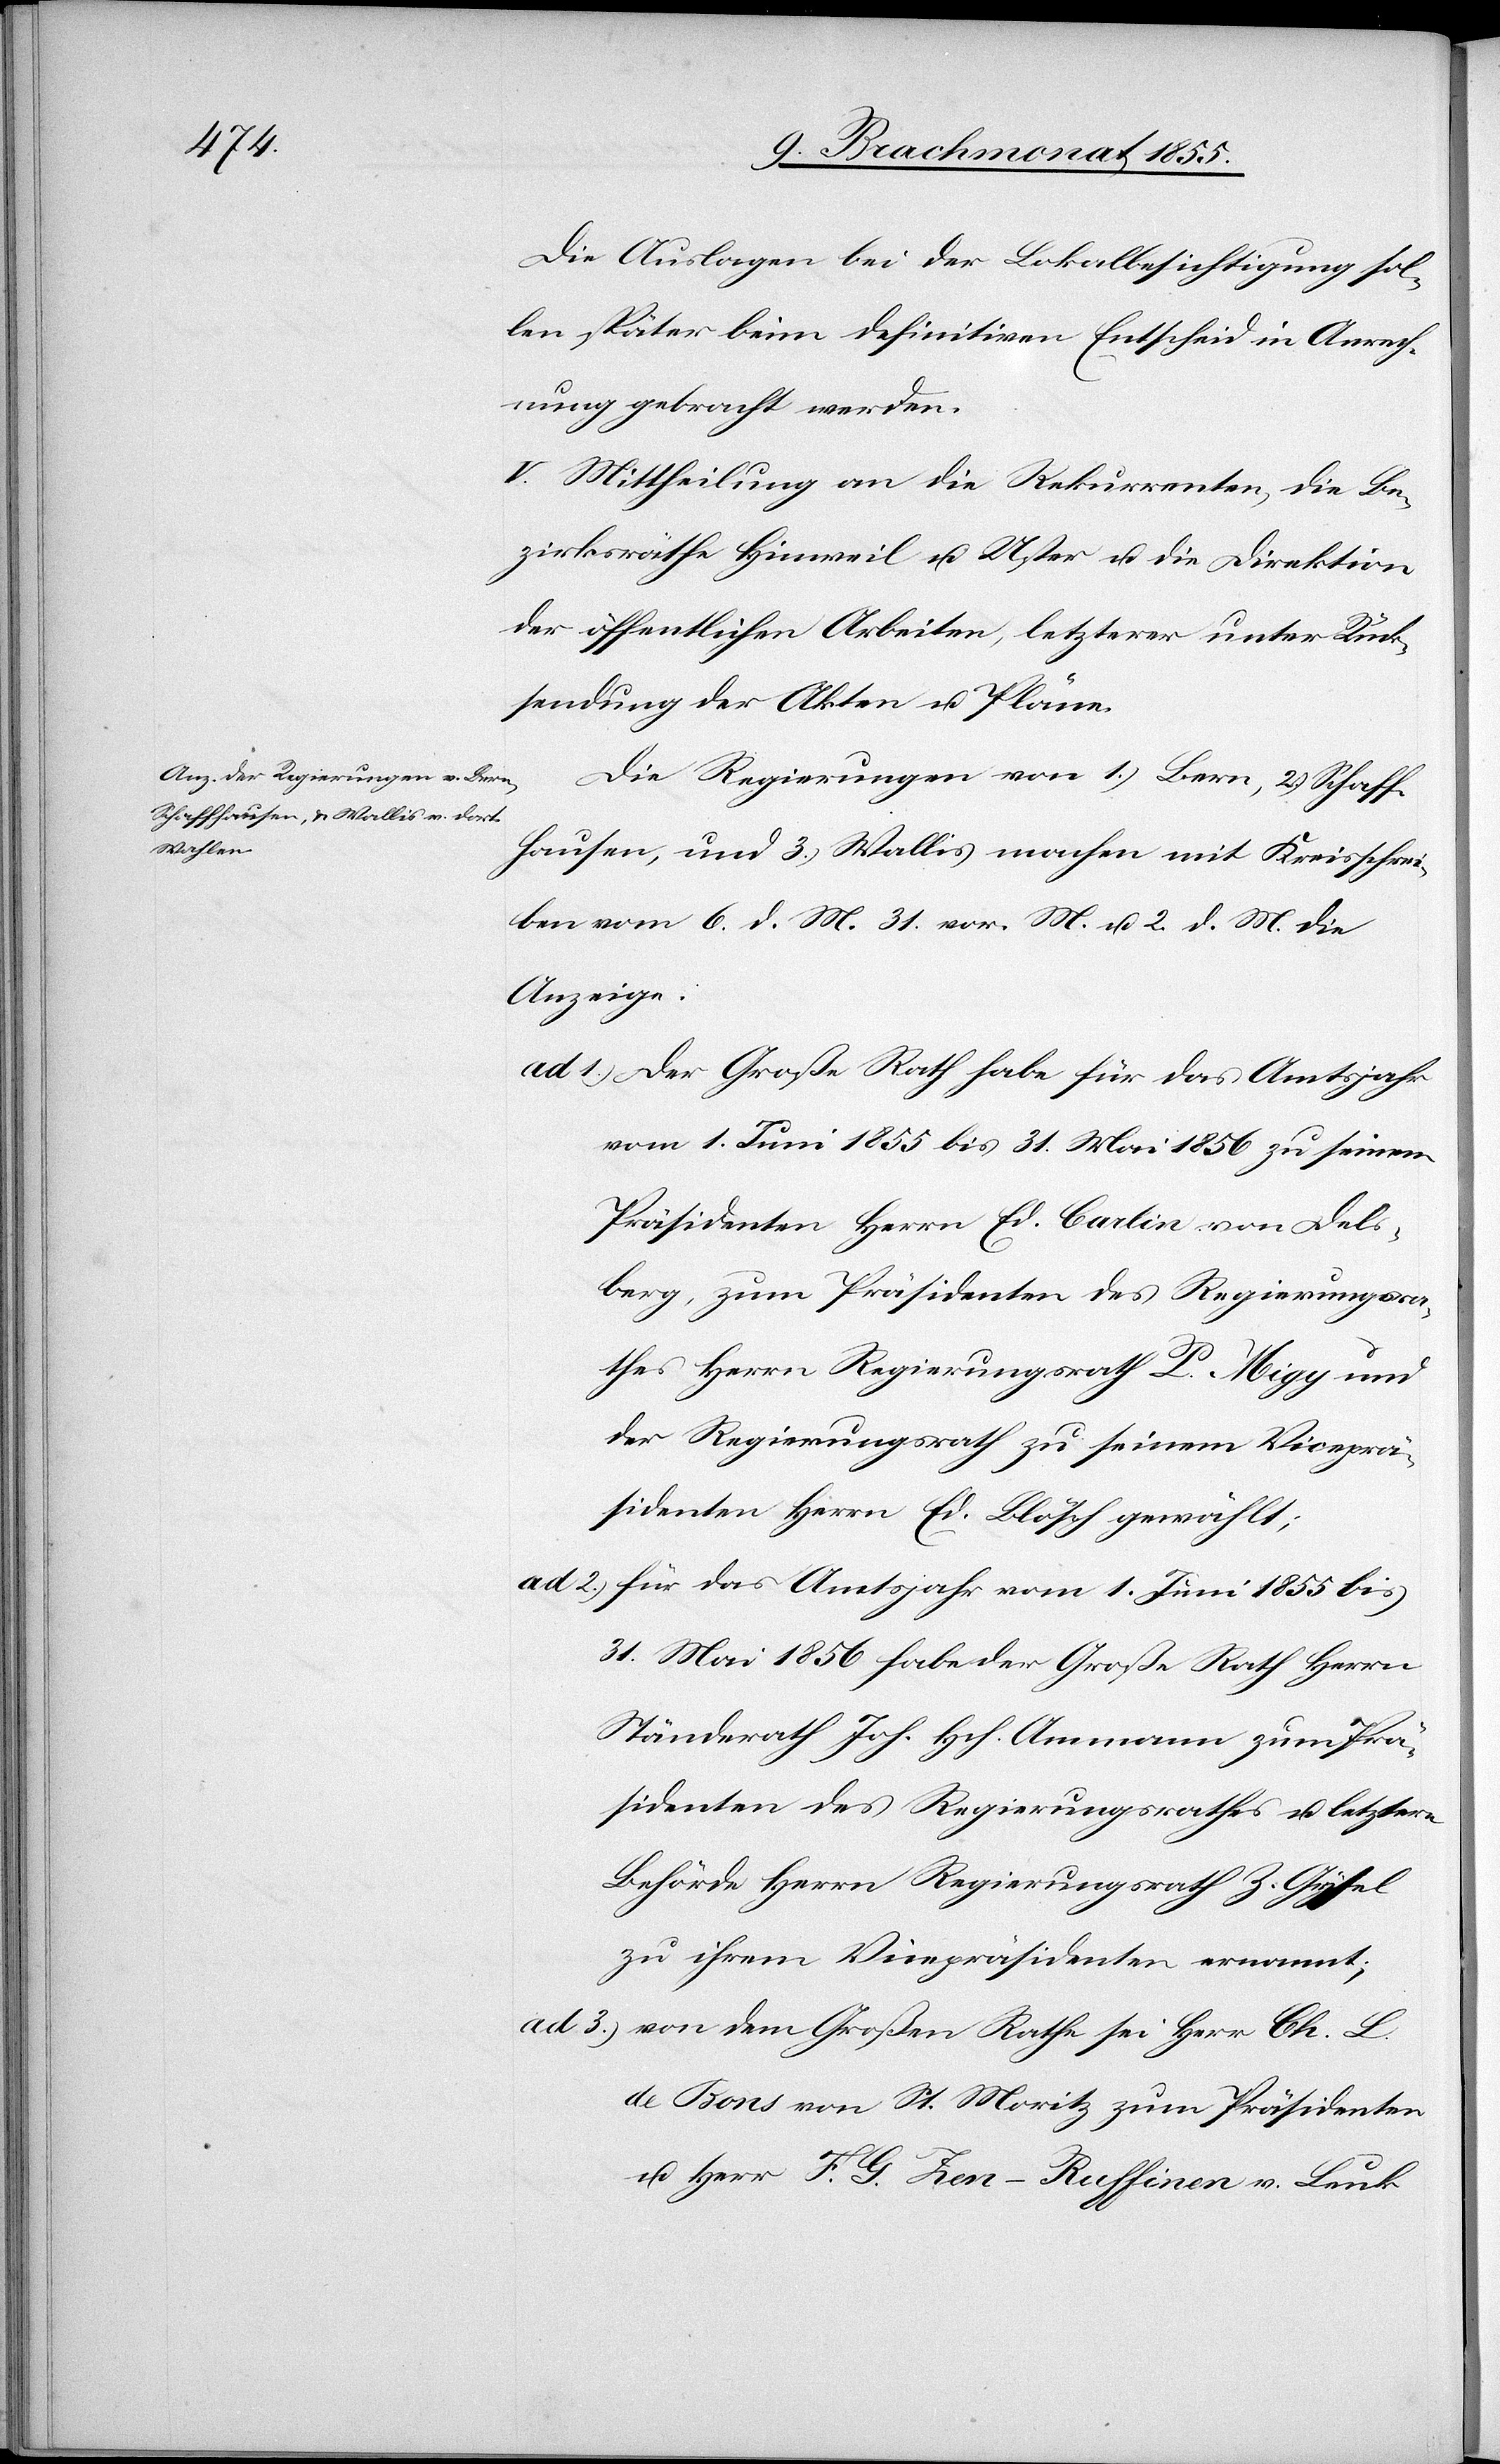
Die Auslagen bei der Lokalbesichtigung sol¬
len später beim definitiven Entscheid in Anrech¬
nung gebracht werden.
V. Mittheilung an die Rekurrenten, die Be¬
zirksräthe Hinweil u. Uster u. die Direktion
der öffentlichen Arbeiten, letzterer unter Rück¬
sendung der Akten u. Pläne.
Die Regierungen von 1.) Bern, 2.) Schaff¬
hausen, und 3.) Wallis machen mit Kreisschrei¬
ben vom 6. d. M.[,] 31. vor. M. u. 2. d. M. die
Anzeige:
Der Große Rath habe für das Amtsjahr
vom 1. Juni 1855 bis 31. Mai 1856 zu seinem
Präsidenten Herrn Ed. Carlin von Dels¬
berg, zum Präsidenten des Regierungsra¬
thes Herrn Regierungsrath P. Migy und
der Regierungsrath zu seinem Viceprä¬
sidenten Herrn Ed. Blösch gewählt;
für das Amtsjahr vom 1. Juni 1855 bis
31. Mai 1856 habe der Große Rath Herrn
Ständerath Joh. Hch. Ammann zum Prä¬
sidenten des Regierungsrathes u. letztere
Behörde Herrn Regierungsrath Z. Gysel
zu ihrem Vicepräsidenten ernannt;
von dem Großen Rathe sei Herr Ch. L.
de Bons von St. Moritz zum Präsidenten
u. Herr F. G. Zen-Ruffinen v. Leuk